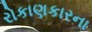
રોકાણકારના